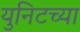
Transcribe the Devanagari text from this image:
युनिटच्या